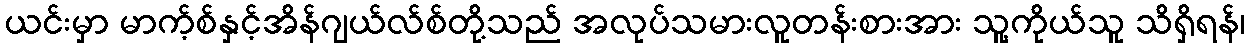
ယင်းမှာ မာက့်စ်နှင့်အိန်ဂျယ်လ်စ်တို့သည် အလုပ်သမားလူတန်းစားအား သူ့ကိုယ်သူ သိရှိရန်၊